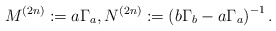
\begin{align*} M^{(2n)}:= a \Gamma_a, N^{(2n)} :=\left(b\Gamma_b -a \Gamma_a\right)^{-1}. \end{align*}